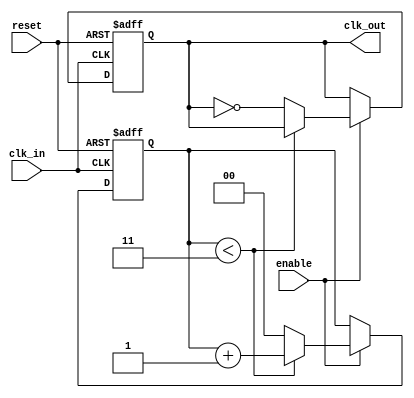
module clk_divider #(
    parameter DIV_FACTOR = 4  // Division factor, must be > 1
)(
    input wire clk_in,        // Input clock signal
    input wire reset,         // Asynchronous reset signal
    input wire enable,        // Enable signal for clock division
    output reg clk_out        // Divided output clock signal
);

    // Internal counter to keep track of clock cycles
    reg [$clog2(DIV_FACTOR)-1:0] counter; 

    // Always block triggered on the rising edge of clk_in
    always @(posedge clk_in or posedge reset) begin
        if (reset) begin
            counter <= 0;      // Reset the counter
            clk_out <= 0;      // Reset the output clock
        end else if (enable) begin
            // Increment the counter
            if (counter < DIV_FACTOR - 1) begin
                counter <= counter + 1;
            end else begin
                counter <= 0;    // Reset counter
                clk_out <= ~clk_out; // Toggle the output clock
            end
        end
        // If enable is low, clk_out retains its last state
    end

endmodule